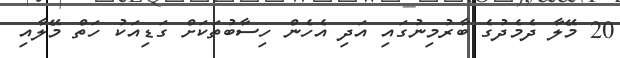
20 މޭލާ ދެމެދުގެ ބާރުމިނުގައި އަދި އެހެން ހިސާބުތަކަށް ގަޑިއަކު ހަތް މޭލާއި